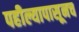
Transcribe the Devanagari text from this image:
पहील्यापासूनच